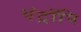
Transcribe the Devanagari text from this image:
एंट्रॉपि